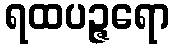
ရထပဉ္ဇရော